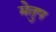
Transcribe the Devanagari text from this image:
मेेतुप